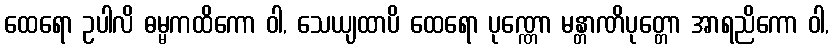
ထေရော ဥပါလိ ဓမ္မကထိကော ဝါ, သေယျထာပိ ထေရော ပုဏ္ဏော မန္တာဏိပုတ္တော အာရညိကော ဝါ,